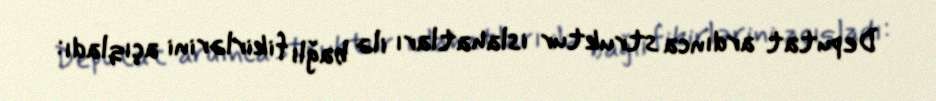
Deputat ardınca struktur islahatları ilə bağlı fikirlərini açıqladı: